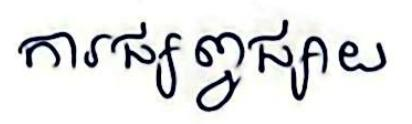
ការផ្សព្វផ្សាយ